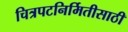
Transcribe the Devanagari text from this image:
चित्रपटनिर्मितीसाठी